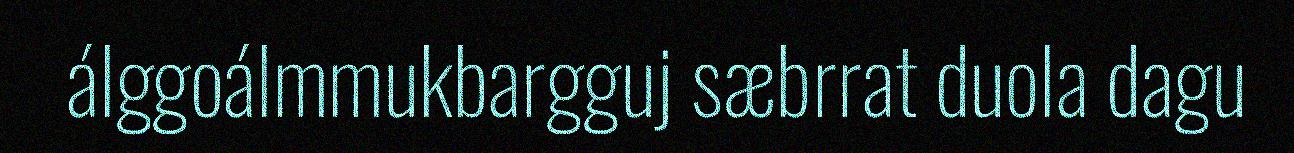
álggoálmmukbargguj sæbrrat duola dagu